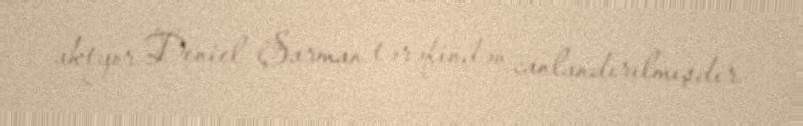
aktyor Deniel Şarman tərəfindən canlandırılmışdır.